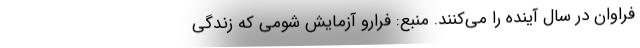
فراوان در سال آینده را می‌کنند. منبع: فرارو آزمایش شومی که زندگی